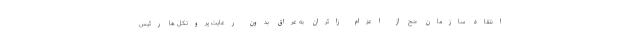
انتقاد سازمان حج از اعزام زائران به عراق بدون رعایت پروتکل ‌ها رئیس